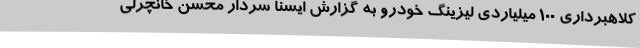
کلاهبرداری 100 میلیاردی لیزینگ خودرو به گزارش ایسنا سردار محسن خانچرلی